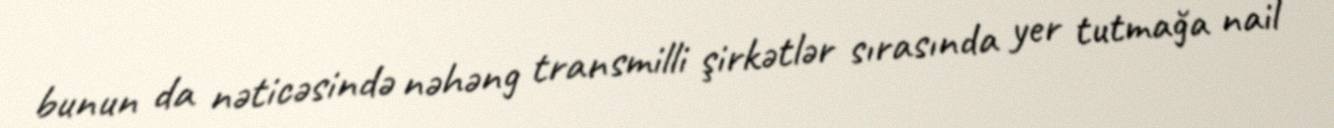
bunun da nəticəsində nəhəng transmilli şirkətlər sırasında yer tutmağa nail